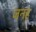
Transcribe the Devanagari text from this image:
जनर